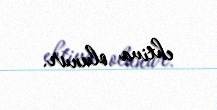
ehtiva olunur.